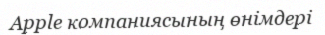
Apple компаниясының өнімдері